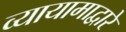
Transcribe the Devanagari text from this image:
व्यायामाद्वारे